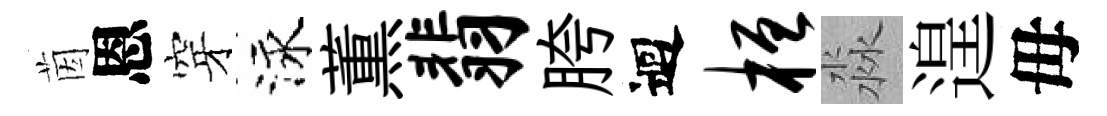
茵恩穿泳薫翡胯迴桓淼遑毋